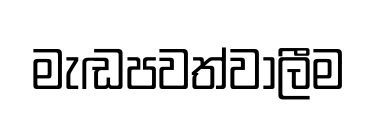
මැඬපවත්වාලීම